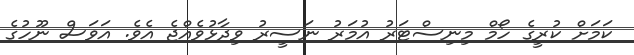
ކަމަށް ކުރީގެ ހޯމް މިނިސްޓަރު އުމަރު ނަސީރު ވިދާޅުވެއްޖެ އެވެ. އަވަސް ނޫހުގެ